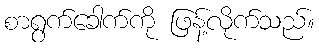
စာရွက်ခေါက်ကို ဖြန့်လိုက်သည်။